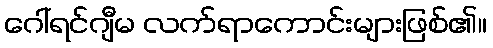
ဂေါ်ရင်ဂျီမ လက်ရာကောင်းများဖြစ်၏။